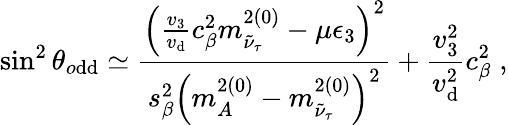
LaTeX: \sin^{2}{\theta_{o\mathrm{d}\mathrm{d}}}\simeq{\frac{{\left({\frac{{v_{3}}}{{v_{\mathrm{d}}}}}c_{\beta}^{2}m_{\tilde{{\nu}}_{\tau}}^{2(0)}-\mu\epsilon_{3}\right)^{2}}}{{s_{\beta}^{2}\left(m_{A}^{2(0)}-m_{\tilde{{\nu}}_{\tau}}^{2(0)}\right)^{2}}}}+\frac{{v_{3}^{2}}}{{v_{\mathrm{d}}^{2}}}c_{\beta}^{2}\; ,